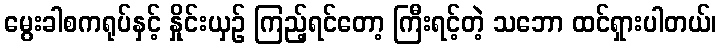
မွေးခါစကရုပ်နှင့် နှိုင်းယှဉ် ကြည့်ရင်တော့ ကြီးရင့်တဲ့ သဘော ထင်ရှားပါတယ်၊